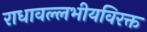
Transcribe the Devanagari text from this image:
राधावल्लभीयविरक्त